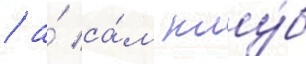
/ а́ са́м клу́б